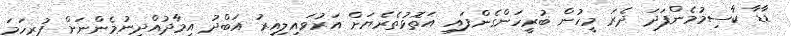
ޑާޑާ ކާސިމުމެންފަދަ ދެރަ މީހުން ބުރީހަންގެންފައި އަތޮޅުތެރެޔަށް އަރުވައިލިއިރު އަބްދު އިމާދުއްދީނުމެންނަށް ފުރިހަމަ